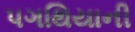
પગથિયાની